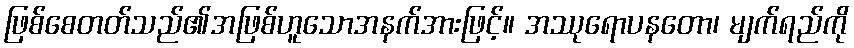
ဖြစ်စေတတ်သည်၏အဖြစ်ဟူသောအနက်အားဖြင့်။ အဿုရောပနတော၊ မျက်ရည်ကို